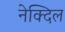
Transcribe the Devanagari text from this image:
नेक्दिल